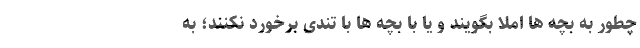
چطور به بچه ها املا بگویند و یا با بچه ها با تندی برخورد نکنند؛ به